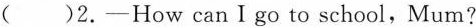
( )2.-How canIgo to school, Mum?